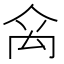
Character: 𥜼